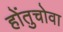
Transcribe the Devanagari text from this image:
होंतुचोवा